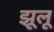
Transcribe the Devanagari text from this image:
झूलू